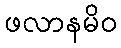
ဖလာနမိဝ